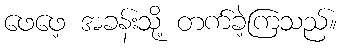
ဖေဖေ့ အခန်းသို့ တက်ခဲ့ကြသည်။